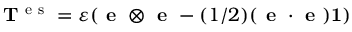
{ \bf T } ^ { \mathrm { ~ e ~ s ~ } } = \varepsilon ( \textbf { e } \otimes \textbf { e } - ( 1 / 2 ) ( \textbf { e } \cdot { \textbf { e } ) \mathbf { 1 } } )